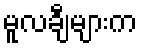
မူလချီများက